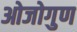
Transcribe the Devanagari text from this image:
ओजोगुण